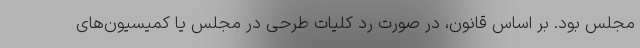
مجلس بود. بر اساس قانون، در صورت رد کلیات طرحی در مجلس یا کمیسیون‌های